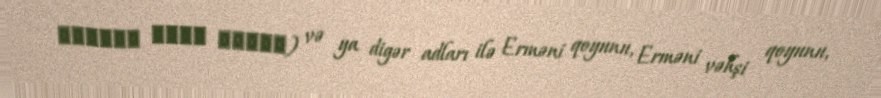
گوسفند وحشی ارمنی) və ya digər adları ilə Erməni qoyunu, Erməni vəhşi qoyunu,